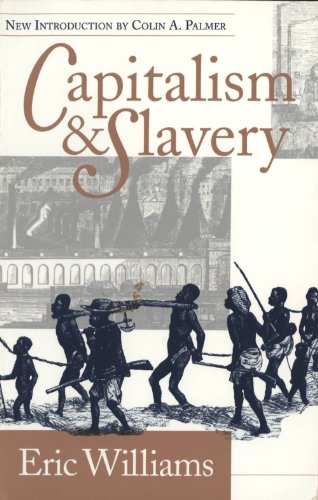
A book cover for Capitalism and Slavery; Eric Williams; Business & Money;